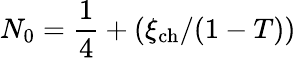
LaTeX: N_{0}=\frac{1}{4}+(\xi_{\mathrm{ch}}/(1-T))